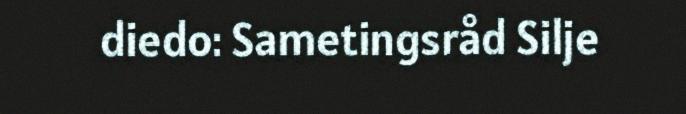
diedo: Sametingsråd Silje